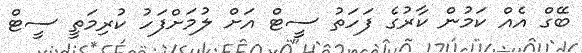
ބޭގް އެއް ކަމުން ކާރުގެ ފަހަތު ސީޓް އަށް ލުމަށްފަހު ކުރިމަތީ ސީޓް